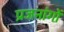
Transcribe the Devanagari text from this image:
प्रजनांगों